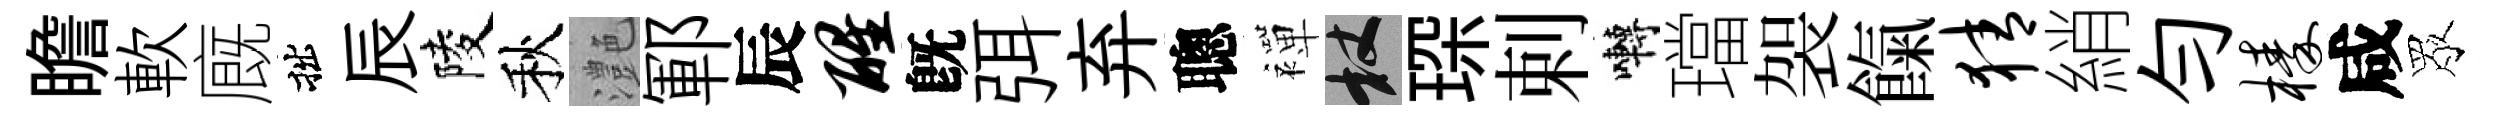
瞻軟廐拙辰陵秋灔鄆辰醒旣弭弃聰襌杖琛剌囀璫袈餼猜綃勻榛咸眾